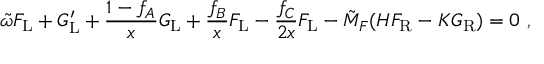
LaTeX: \tilde { \omega } F _ { \mathrm { L } } + G _ { \mathrm { L } } ^ { \prime } + \frac { 1 - f _ { A } } { x } G _ { \mathrm { L } } + \frac { f _ { B } } { x } F _ { \mathrm { L } } - \frac { f _ { C } } { 2 x } F _ { \mathrm { L } } - \tilde { M } _ { F } ( H F _ { \mathrm { R } } - K G _ { \mathrm { R } } ) = 0 \ ,